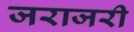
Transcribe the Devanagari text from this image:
जराजरी